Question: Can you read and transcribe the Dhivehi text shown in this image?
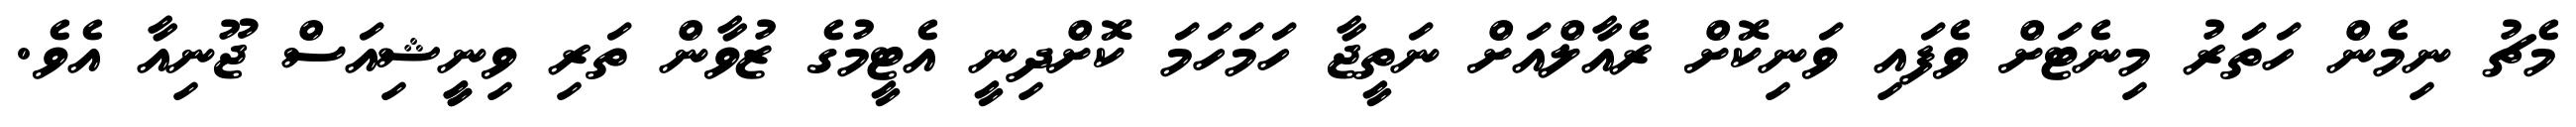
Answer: މެޗު ނިމެން ހަތަރު މިނެޓަށް ވެފައި ވަނިކޮށް ރެއާލްއަށް ނަތީޖާ ހަމަހަމަ ކޮށްދިނީ އެޓީމުގެ ޒުވާން ތަރި ވިނީީޝިއަސް ޖޫނިއާ އެވެ.